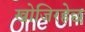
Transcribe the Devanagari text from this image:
खोजिरहेछ